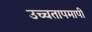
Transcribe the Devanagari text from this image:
उच्चतापमापी